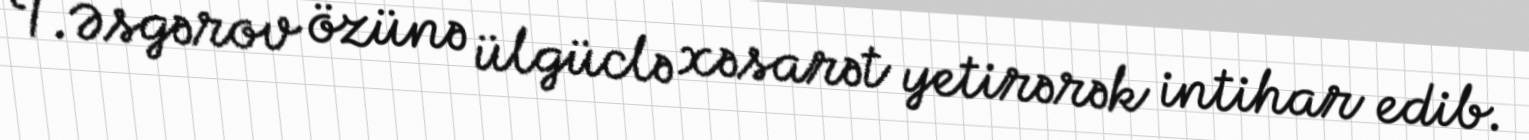
T.Əsgərov özünə ülgüclə xəsarət yetirərək intihar edib.